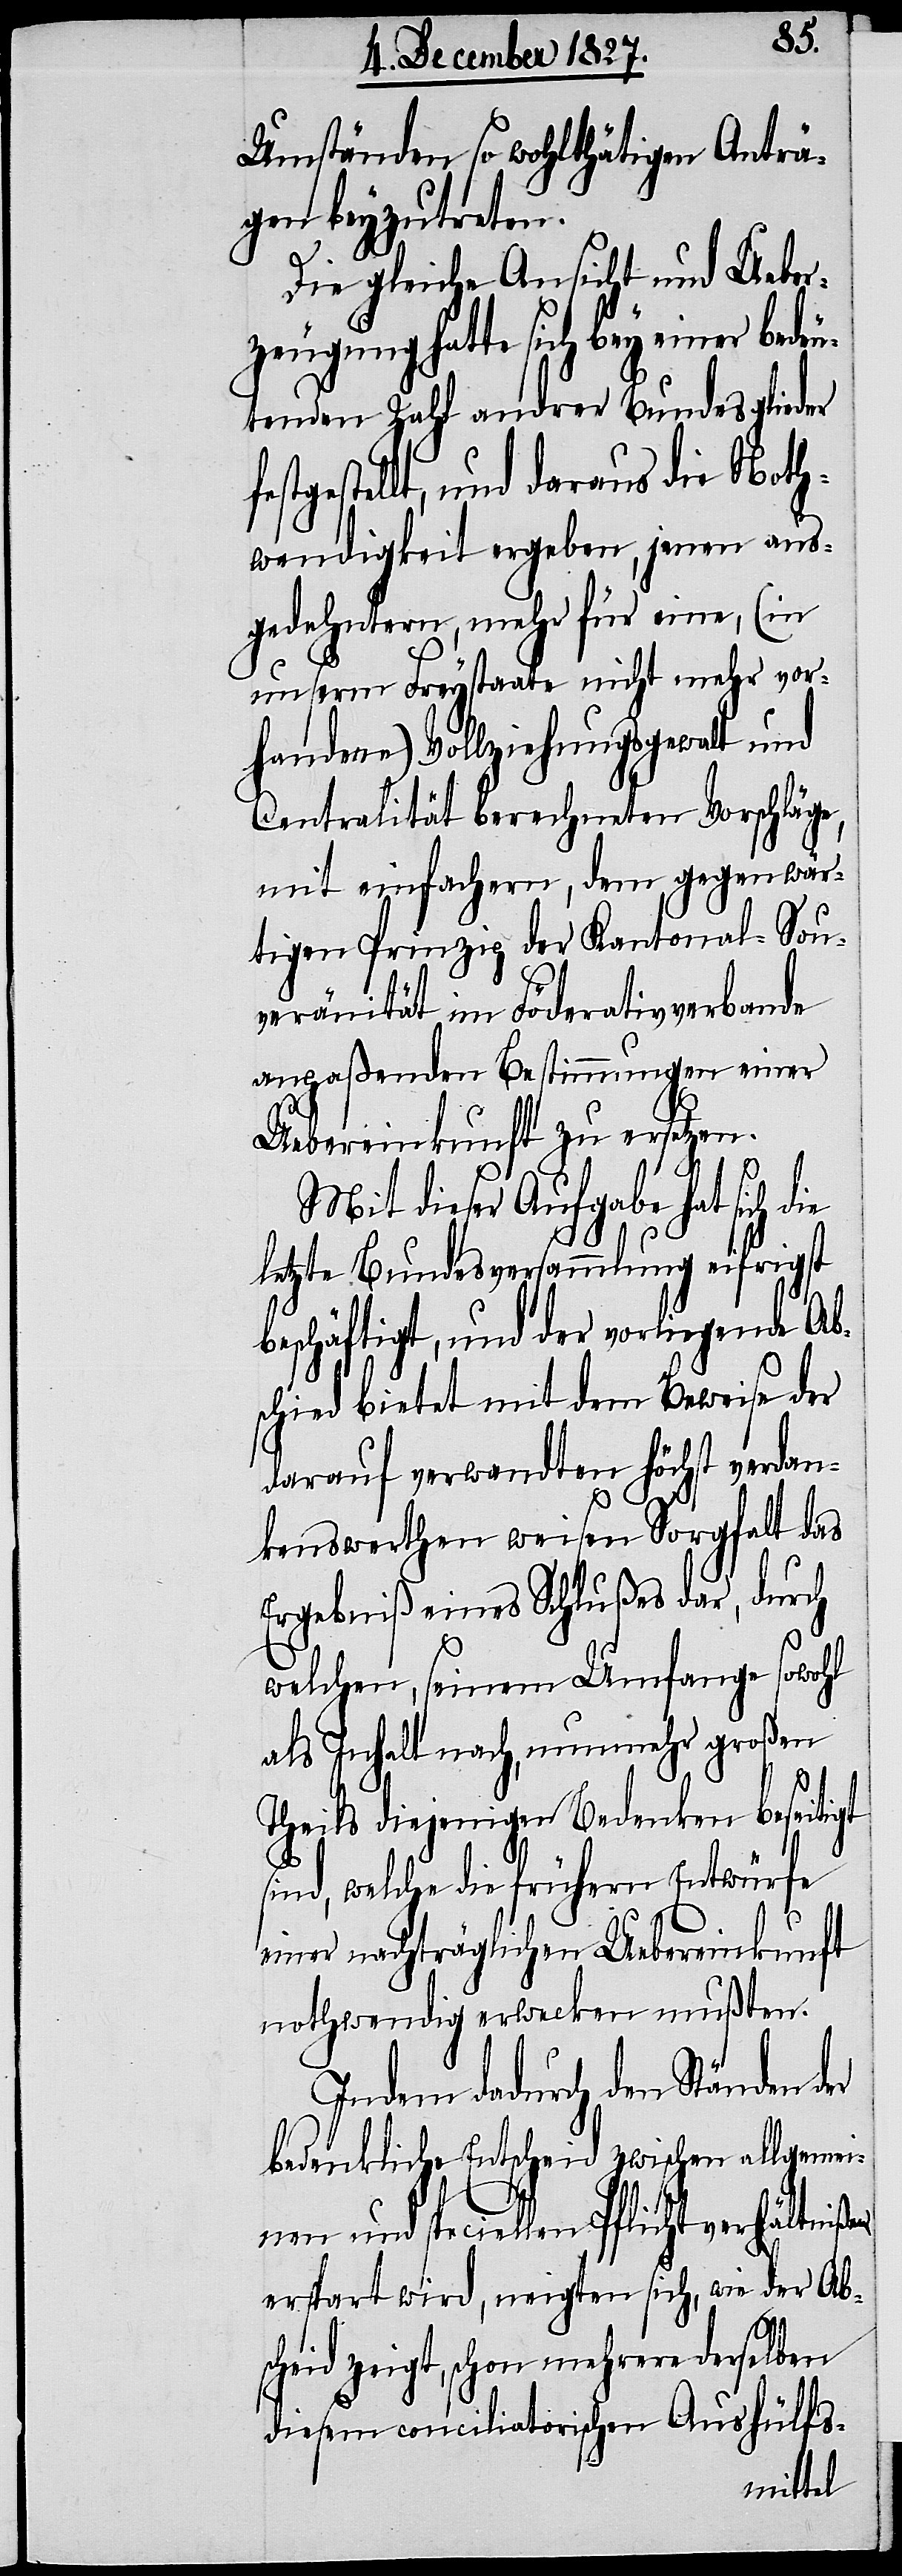
Umständen so wohlthätigen Anträ¬
gen beyzutreten.
f¬
Die gleiche Ansicht und Ueber¬
zeugung hatte sich bey einer bedeu¬
tenden Zahl andrer Bundesglieder
estgestellt, und daraus die Noth¬
wendigkeit ergeben, jenen aus¬
gedehnten, mehr für eine, (in
unserm Freystaate nicht mehr vor¬
handene) Vollziehungsgewalt und
Centralität berechneten Vorschläge,
mit einfachern, dem gegenwär¬
tigen Prinzip der Kantonal-Sou¬
veränität im Föderativverbande
anpaßenden Bestimmungen einer
Uebereinkunft zu ersetzen.
Mit dieser Aufgabe hat sich die
letzte Bundesversammlung eifrigst
beschäftigt, und der vorliegende Abs¬
chied bietet mit dem Beweise der
darauf verwandten höchst verdan¬
kenswerthen weisen Sorgfalt das
Ergebniß eines Schlußes dar, durch
welchen, seinem Umfange sowohl
als Inhalt nach, nunmehr großen
Theils diejenigen Bedenken beseitigt
sind, welche die frühern Entwürfe
einer nachträglichen Uebereinkunft
nothwendig erwecken mußten.
Indem dadurch den Ständen
bedenkliche Entscheid zwischen allgemei¬
nen und speciellen Pflichtverhältnißen
erspart wird, neigten sich, wie der Abs¬
cheid zeigt, schon mehrere derselben
diesem conciliatorischen Aushülfs-